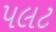
પલટ